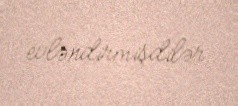
evləndirmişdilər.